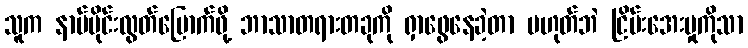
သူက နာမ်ပိုင်းလွတ်မြောက်ဖို့ ဘာသာတရားတခုကို ရှာဖွေနေခဲ့တာ မဟုတ်ဘဲ ငြိမ်းအေးမှုကိုသာ